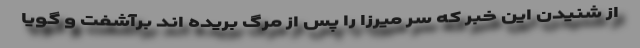
از شنیدن این خبر که سر میرزا را پس از مرگ بریده اند برآشفت و گویا